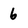
Character: 6